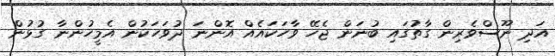
އަދި ނޫސްވެރިން ގާތުގައި ބުނަން ޖެހޭ ވާހަކައެއް އޮންނަ ދުވަހަކުން އެމީހުންނާ ގުޅުން